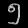
Digit: ၅